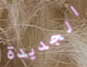
الجديدة